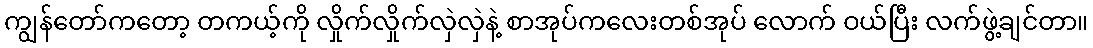
ကျွန်တော်ကတော့ တကယ့်ကို လှိုက်လှိုက်လှဲလှဲနဲ့ စာအုပ်ကလေးတစ်အုပ် လောက် ဝယ်ပြီး လက်ဖွဲ့ချင်တာ။